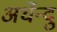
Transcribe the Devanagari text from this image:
अर्धेन्दु